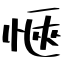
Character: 愜